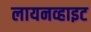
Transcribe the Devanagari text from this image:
लायनव्हाइट